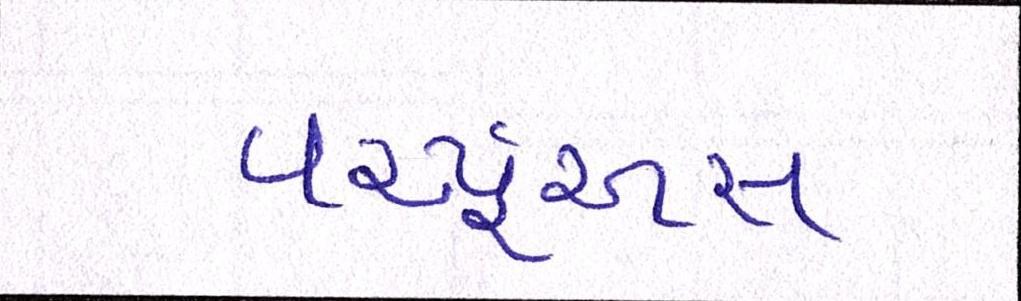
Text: વર્ચ્યૂઅસ